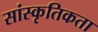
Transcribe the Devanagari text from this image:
सांस्कृतिकता